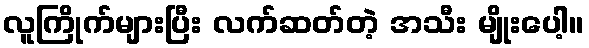
လူကြိုက်များပြီး လက်ဆတ်တဲ့ အသီး မျိုးပေါ့။